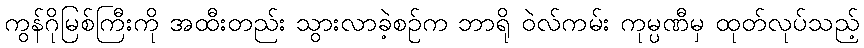
ကွန်ဂိုမြစ်ကြီးကို အထီးတည်း သွားလာခဲ့စဉ်က ဘာရို ဝဲလ်ကမ်း ကုမ္ပဏီမှ ထုတ်လုပ်သည့်